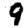
Digit: 9